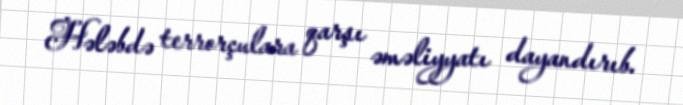
Hələbdə terrorçulara qarşı əməliyyatı dayandırıb.